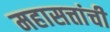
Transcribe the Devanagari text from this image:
महासत्तांची